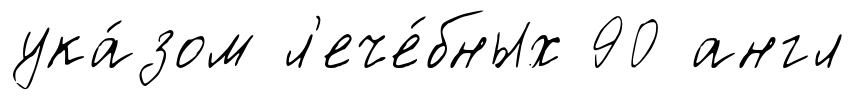
ука́зом л'ече́бных 90 англ